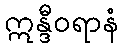
ဣန္ဒီဝရာနံ